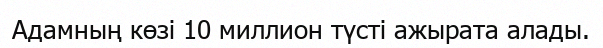
Адамның көзі 10 миллион түсті ажырата алады.